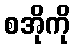
စအိုကို